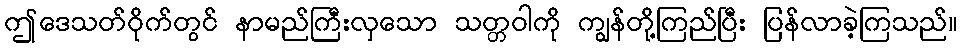
ဤဒေသတ်ဝိုက်တွင် နာမည်ကြီးလှသော သတ္တဝါကို ကျွန်တို့ကြည်ပြီး ပြန်လာခဲ့ကြသည်။